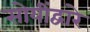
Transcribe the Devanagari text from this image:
सोयींद्वारे